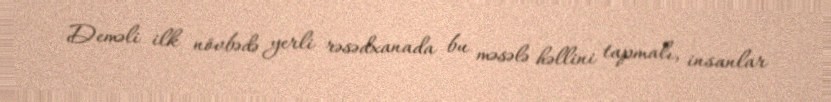
Deməli ilk növbədə yerli rəsədxanada bu məsələ həllini tapmalı, insanlar